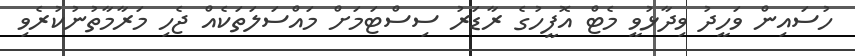
ހުސައިން ވަހީދު ވިދާޅުވީ މެޓް އޮފީހުގެ ރާޑަރު ސިސްޓަމަށް މައްސަލަތަކެއް ޖެހި މަރާމާތުނުކުރެވި